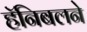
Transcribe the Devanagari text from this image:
हॅनिबलने